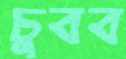
চুবব